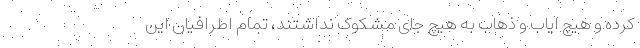
کرده و هیچ ایاب و ذهاب به هیچ جای مشکوک نداشتند، تمام اطرافیان این